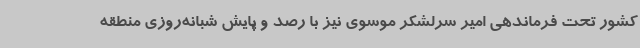
کشور تحت فرماندهی امیر سرلشکر موسوی نیز با رصد و پایش شبانه‌روزی منطقه